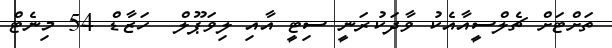
ތަށްޓަށް ޗެލްސީއާއެކު ވާދަކުރަނީ ސިޓީ އާއި ލިވަޕޫލް  ހަޒާޑް 54 މިނެޓް